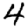
Digit: 4